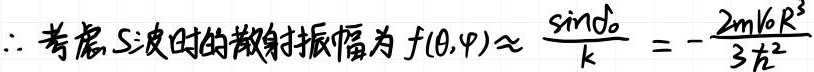
$\therefore 考虑S波时的散射振幅为f(\theta,\varphi)\approx \frac{\sin \delta_0}{k}=-\frac{2mV_0R^3}{3\hbar^2}$